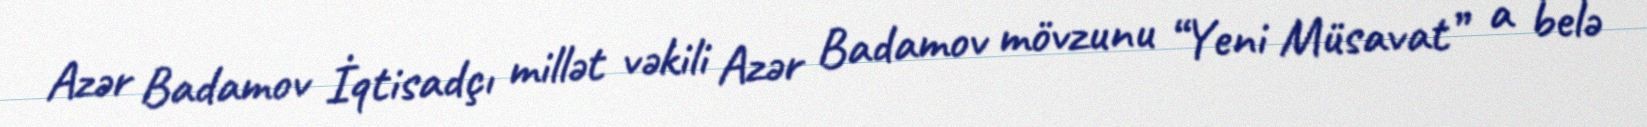
Azər Badamov İqtisadçı millət vəkili Azər Badamov mövzunu “Yeni Müsavat” a belə